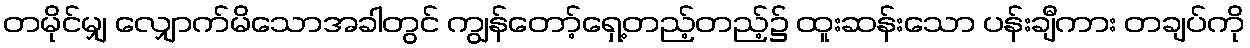
တမိုင်မျှ လျှောက်မိသောအခါတွင် ကျွန်တော့်ရှေ့တည့်တည့်၌ ထူးဆန်းသော ပန်းချီကား တချပ်ကို